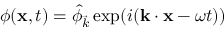
\begin{array} { r } { \phi ( \mathbf { x } , t ) = \hat { \phi } _ { \vec { k } } \exp ( i ( \mathbf { k } \cdot \mathbf { x } - \omega t ) ) } \end{array}